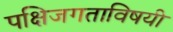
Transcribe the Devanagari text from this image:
पक्षिजगताविषयी